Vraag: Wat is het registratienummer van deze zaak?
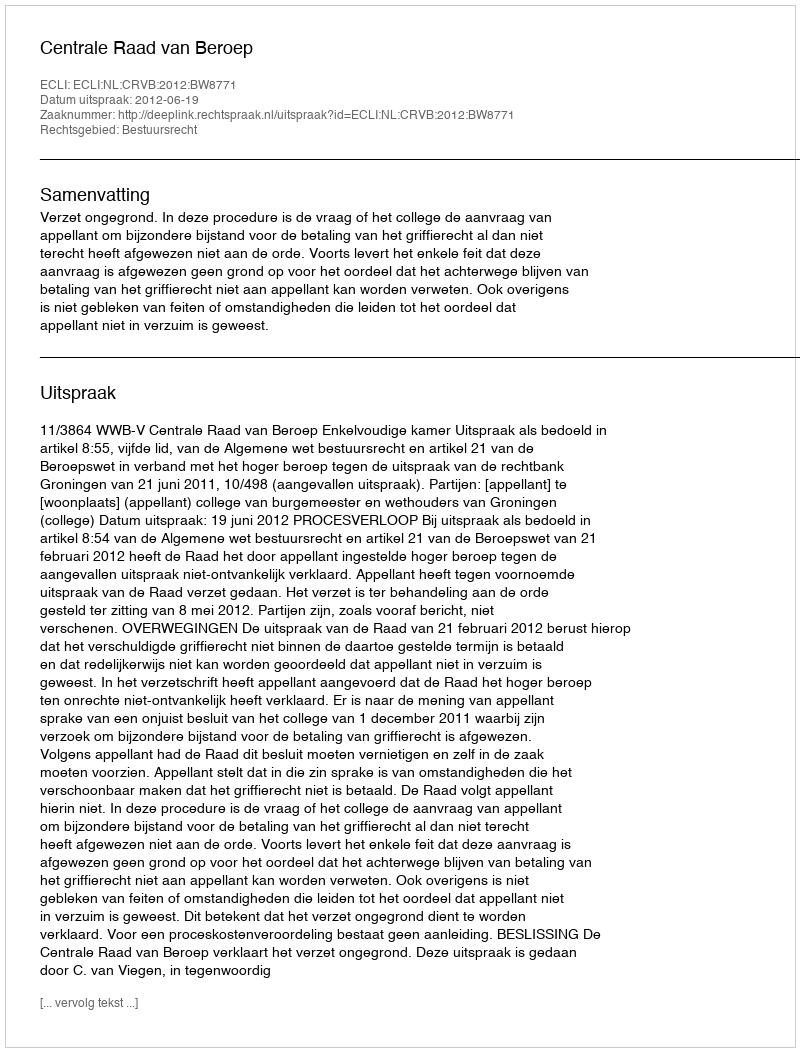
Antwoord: http://deeplink.rechtspraak.nl/uitspraak?id=ECLI:NL:CRVB:2012:BW8771